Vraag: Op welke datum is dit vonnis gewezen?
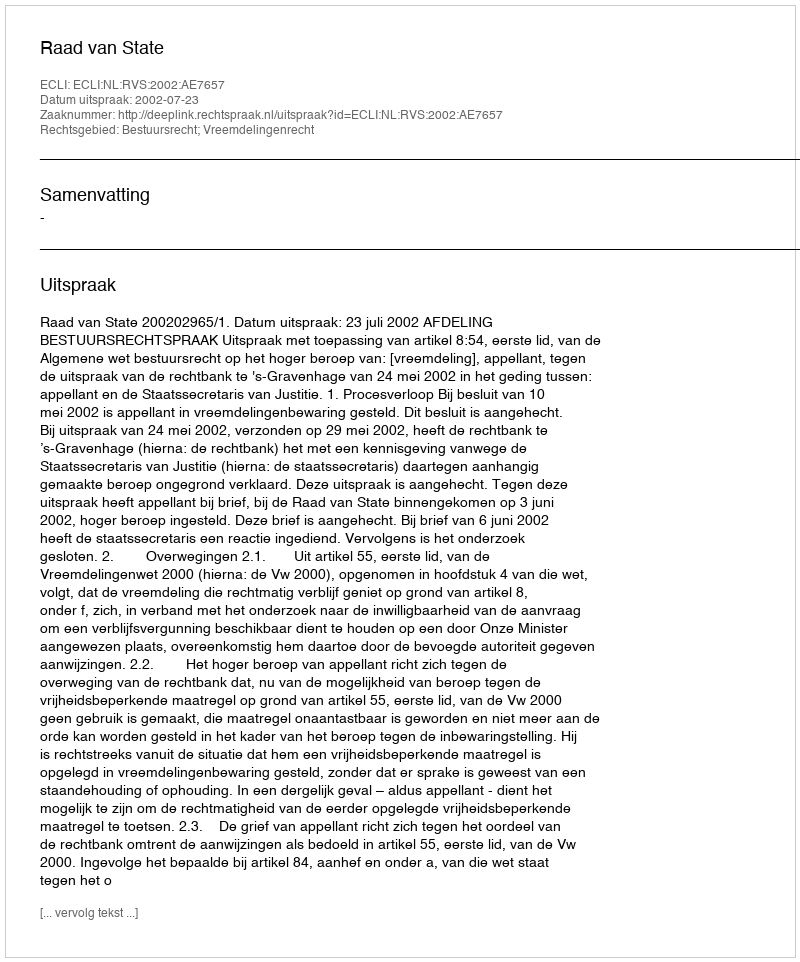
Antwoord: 2002-07-23